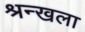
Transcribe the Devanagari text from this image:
श्रन्खला